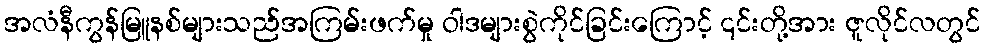
အလံနီကွန်မြူနစ်များသည်အကြမ်းဖက်မှု ဝါဒများစွဲကိုင်ခြင်းကြောင့် ၎င်းတို့အား ဇူလိုင်လတွင်